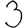
Digit: 3